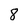
Character: 8